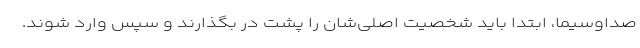
صداوسیما، ابتدا باید شخصیت اصلی‌شان را پشت در بگذارند و سپس وارد شوند.